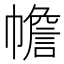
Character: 幨